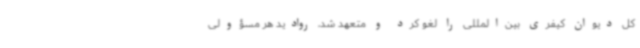
کل دیوان کیفری بین‌المللی را لغو کرد و متعهد شد، روادید هر مسؤولی